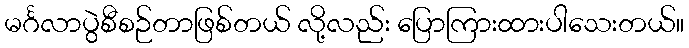
မင်္ဂလာပွဲစီစဉ်တာဖြစ်တယ် လို့လည်း ပြောကြားထားပါသေးတယ်။